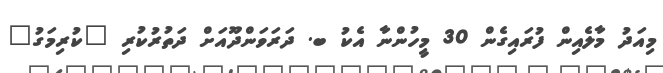
މިއަދު މާލެއިން ފުރައިގެން 30 މީހުންނާ އެކު ބ. ދަރަވަންދޫއަށް ދަތުރުކުރި "ކުރިމަގު"